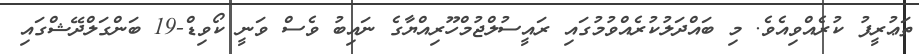
ތަޢުރީފު ކުރެއްވިއެވެ. މި ބައްދަލުކުރެއްވުމުގައި ރައީސުލްޖުމްހޫރިއްޔާގެ ނައިބު ވެސް ވަނީ ކޯވިޑް-19 ބަންގަލްދޭޝްގައި